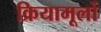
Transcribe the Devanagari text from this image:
क्रियामूलों